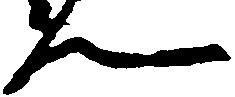
ん